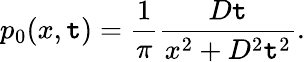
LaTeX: p_{0}(x,\mathtt{t})=\frac{{1}}{{\pi}}\frac{{D\mathtt{t}}}{{x^{2}+D^{2}\mathtt{t}^{2}}}.